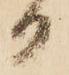
日